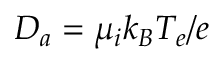
D _ { a } = \mu _ { i } k _ { B } T _ { e } / e